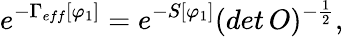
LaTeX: e^{-\Gamma_{eff}[\varphi_{1}]}=e^{-S[\varphi_{1}]}(det\, O)^{-\frac{1}{2}},